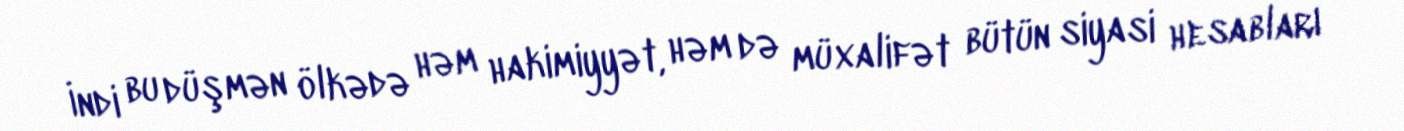
İndi bu düşmən ölkədə həm hakimiyyət, həm də müxalifət bütün siyasi hesabları